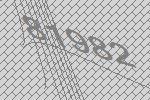
81982